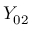
Y _ { 0 2 }